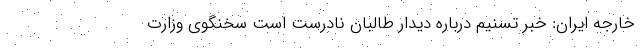
خارجه ایران: خبر تسنیم درباره دیدار طالبان نادرست است سخنگوی وزارت